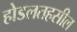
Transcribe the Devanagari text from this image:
होडलतहसील